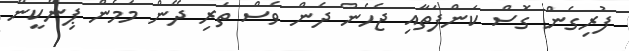
ފުރިގެން ގޮސް ކަންފަތާއި ޖެހެން ދެން ވެސް ތަރި ދޭން މަމެން ޕިންކީން